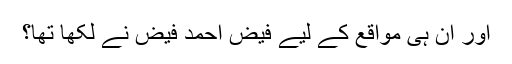
اور ان ہی مواقع کے لیے فیض احمد فیض نے لکھا تھا؟